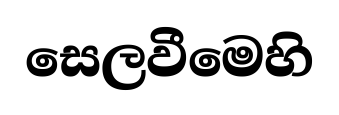
සෙලවීමෙහි